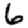
Digit: 6